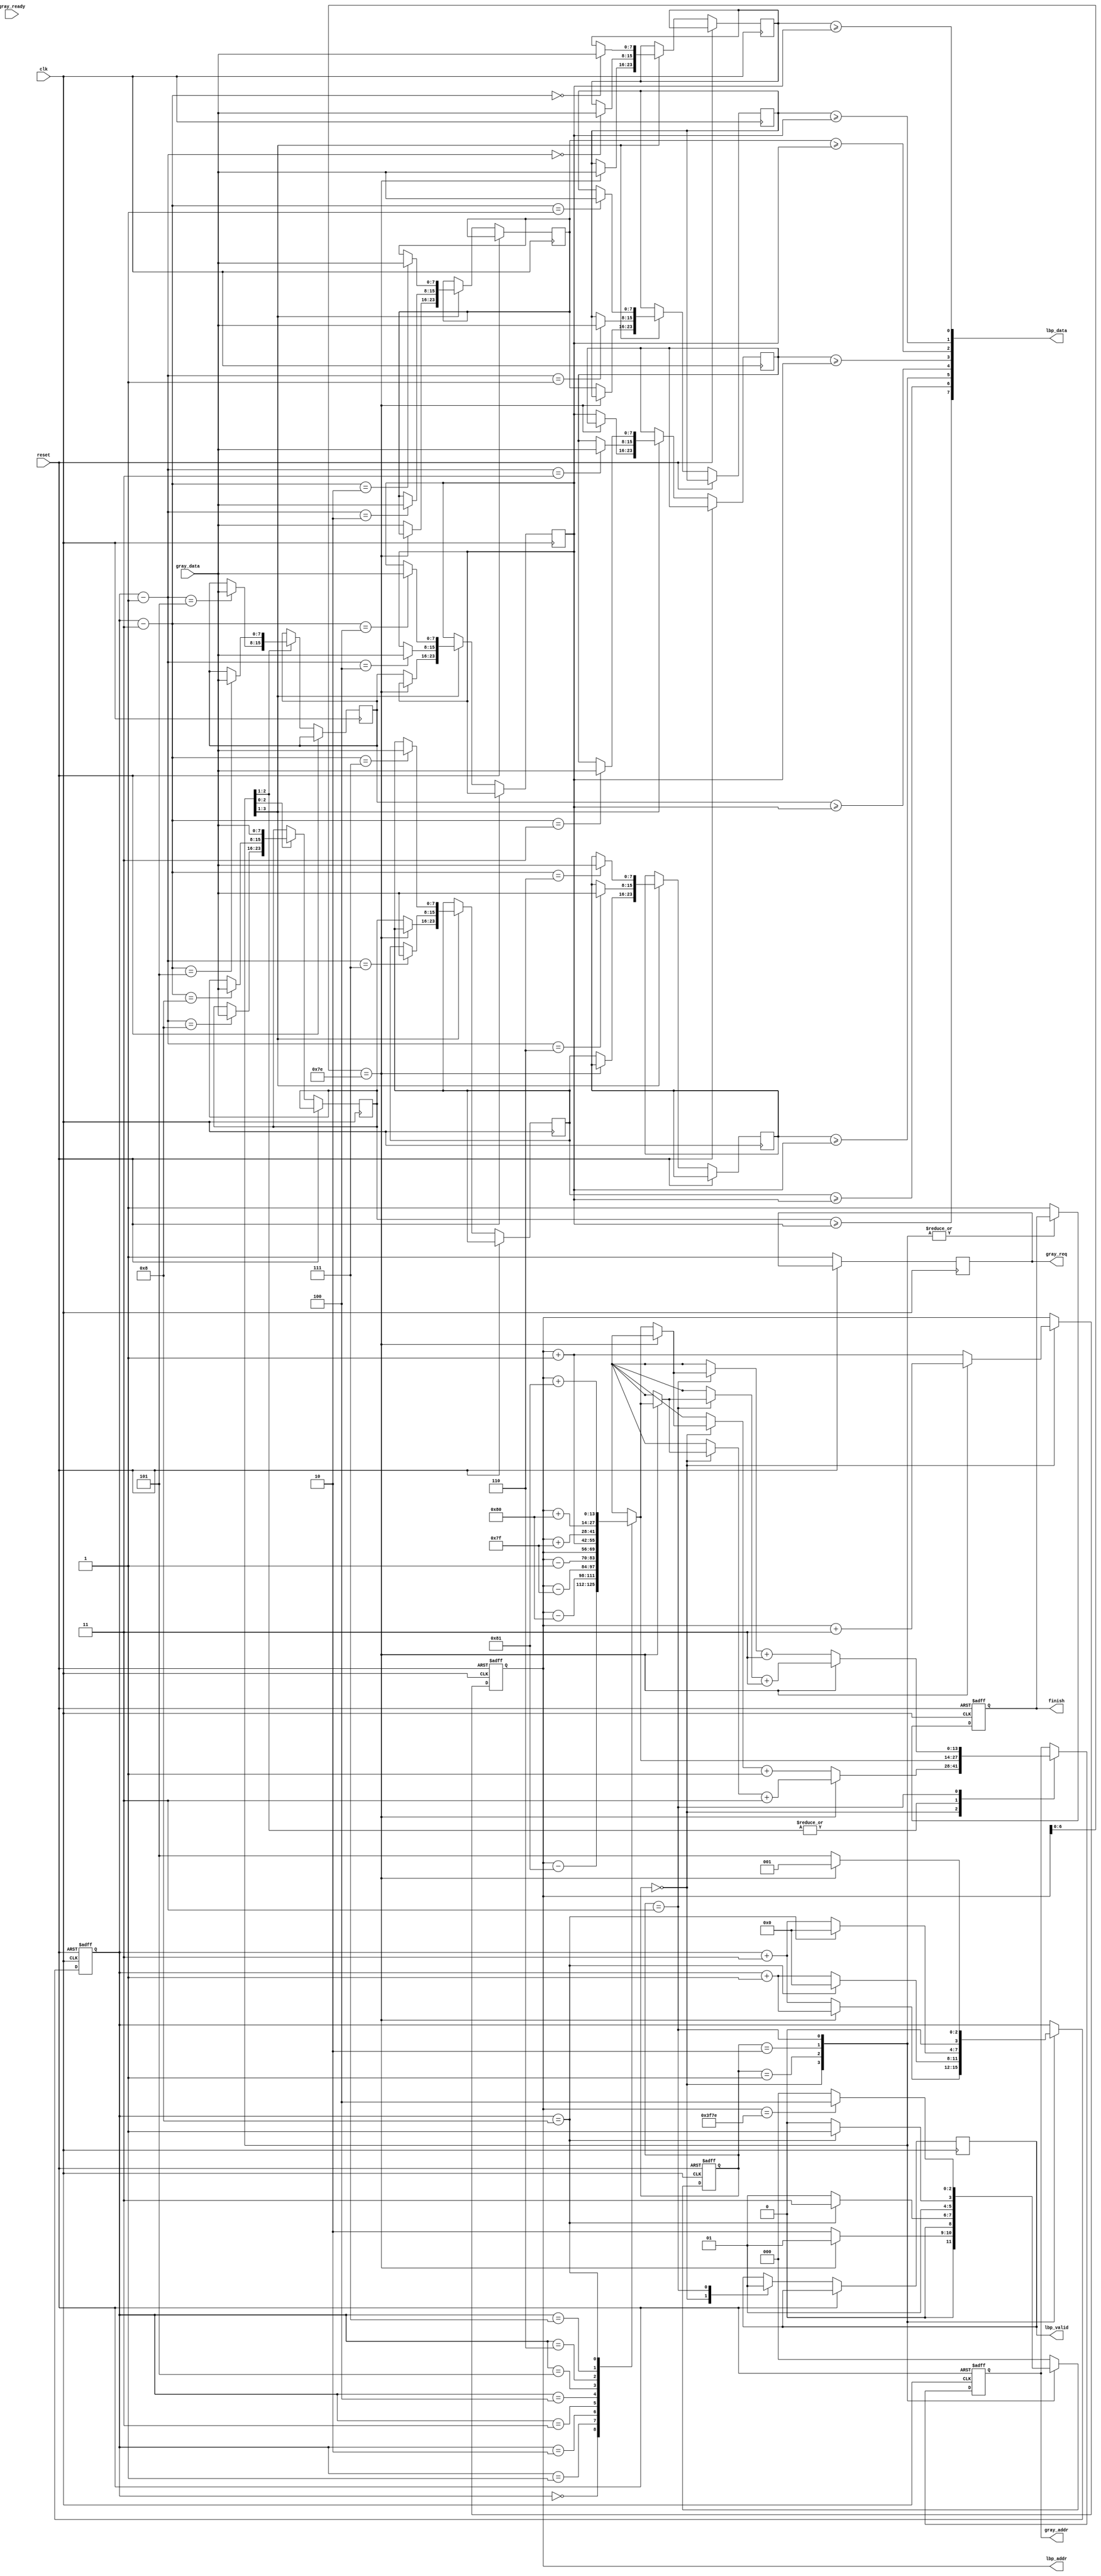
module LBP ( clk, reset, gray_addr, gray_req, gray_ready, gray_data, lbp_addr, lbp_valid, lbp_data, finish);
input   	        clk;
input   	        reset;
output  reg [13:0] 	gray_addr;
output  reg        	gray_req;
input   	        gray_ready;
input       [7:0] 	gray_data;
output  reg [13:0] 	lbp_addr;
output  reg        	lbp_valid;
output  wire [7:0] 	lbp_data;
output  reg     	finish;
//====================================================================

reg  [2:0]   current_state, next_state;
reg  [3:0]   counter;
reg  [7:0]   buffer[8:0];
wire [13:0]  addr[8:0];

parameter   [2:0]   START   = 3'd0,
                    LOAD_9  = 3'd1,
                    LOAD_3  = 3'd2,
                    STORE   = 3'd3,
                    END     = 3'd4;

assign addr[0] = lbp_addr - 14'd129;
assign addr[1] = lbp_addr - 14'd128;
assign addr[2] = lbp_addr - 14'd127;
assign addr[3] = lbp_addr - 14'd1;
assign addr[4] = lbp_addr;
assign addr[5] = lbp_addr + 14'd1;
assign addr[6] = lbp_addr + 14'd127;
assign addr[7] = lbp_addr + 14'd128;
assign addr[8] = lbp_addr + 14'd129;

assign lbp_data[0] = (buffer[0] >= buffer[4]);
assign lbp_data[1] = (buffer[1] >= buffer[4]);
assign lbp_data[2] = (buffer[2] >= buffer[4]);
assign lbp_data[3] = (buffer[3] >= buffer[4]);
assign lbp_data[4] = (buffer[5] >= buffer[4]);
assign lbp_data[5] = (buffer[6] >= buffer[4]);
assign lbp_data[6] = (buffer[7] >= buffer[4]);
assign lbp_data[7] = (buffer[8] >= buffer[4]);

always @( posedge clk or posedge reset ) begin
    if( reset ) begin
        current_state <= START;
        lbp_addr <= 14'd126;
        counter <= 4'd1; 
        finish <= 1'b0;
        gray_addr <= 14'd0;
    end
    else begin
        current_state <= next_state;
        gray_req <= 1'b1;
        case ( current_state )
            START: begin
                if( lbp_addr[6:0] == 7'b11111110 ) begin    // LOAD_9
                    lbp_addr <= lbp_addr + 14'd3;
                    gray_addr <= addr[counter] + 14'd3;     //修正第一項 (因為lbp_addr在這裡sotre完才能變動)
                    counter <= counter + 4'd1;

                    buffer[0] <= gray_data;
                end
                else begin                                  // LOAD_3
                    lbp_addr <= lbp_addr + 14'd1;
                    gray_addr <= addr[counter] + 14'd1;     //修正第一項 (因為lbp_addr在這裡store完才能變動)
                    counter <= counter + 4'd3;

                    buffer[2] <= gray_data;
                    buffer[0] <= buffer[1];
                    buffer[1] <= buffer[2];
                    buffer[3] <= buffer[4];
                    buffer[4] <= buffer[5];
                    buffer[6] <= buffer[7];
                    buffer[7] <= buffer[8];
                end
                lbp_valid <= 1'b0;
            end 
            LOAD_9: begin
                gray_addr <= addr[counter];
                counter <= (counter == 4'd8) ? 4'd0 : counter + 4'd1;
                buffer[counter - 4'd1] <= gray_data;
            end
            LOAD_3: begin
                gray_addr <= addr[counter];
                counter <= (counter == 4'd8) ? 4'd0 : counter + 4'd3;
                buffer[counter - 4'd3] <= gray_data;
            end
            STORE: begin
                buffer[8] <= gray_data;
                lbp_valid <= 1'b1;
                if( lbp_addr[6:0] == 7'b11111110 ) begin    // LOAD_9
                    gray_addr <= addr[counter] + 14'd3;     // 在store的同時也繼續跟gray要資料
                    counter <= 4'd1;
                end
                else begin                                  // LOAD_3
                    gray_addr <= addr[counter] + 14'd3;     // 在store的同時也繼續跟gray要資料
                    counter <= 4'd5;
                end
            end
            END: begin
                finish <= 1'b1;
            end
            default: begin
                finish <= 1'b1;
            end 
        endcase
    end
end


always @(*) begin
    case ( current_state )
        START: begin
            next_state = (lbp_addr[6:0] == 7'b11111110) ? LOAD_9 : LOAD_3;
        end 
        LOAD_9: begin
            next_state = (counter == 4'd8) ? STORE : LOAD_9; 
        end
        LOAD_3: begin
            next_state = (counter == 4'd8) ? STORE : LOAD_3; 
        end
        STORE: begin
            next_state = (lbp_addr == 14'd16254) ? END : START;
        end
        END: begin
            next_state = START;
        end
        default: begin
            next_state = START;
        end
    endcase
end

//====================================================================
endmodule